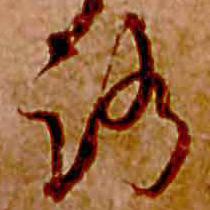
ろ